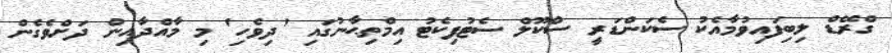
ގްރޭޑް ލިބިފައިވުމާއެކު ސެކަންޑަރީ ސްކޫލް ސެޓުފިކެޓު އިމްތިޙާނުގައި 'ދިވެހި' މި މާއްދާއިން ދަށްވެގެން